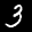
Digit: 3